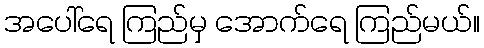
အပေါ်ရေ ကြည်မှ အောက်ရေ ကြည်မယ်။